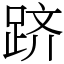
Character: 跻